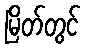
မြိတ်တွင်